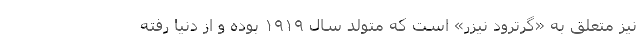
نیز متعلق به «گرترود نیزر» است که متولد سال ۱۹۱۹ بوده و از دنیا رفته